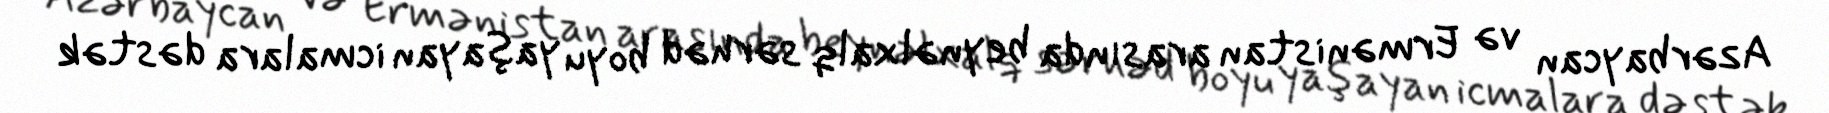
Azərbaycan və Ermənistan arasında beynəlxalq sərhəd boyu yaşayan icmalara dəstək